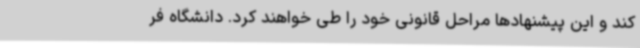
کند و این پیشنهادها مراحل قانونی خود را طی خواهند کرد. دانشگاه فر